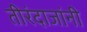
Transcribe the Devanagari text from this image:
तीरंदाजांनी